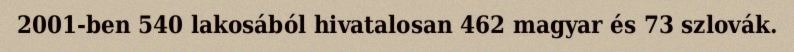
2001-ben 540 lakosából hivatalosan 462 magyar és 73 szlovák.